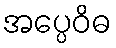
အပ္ပေဝိဓ